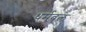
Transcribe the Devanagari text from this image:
धर्मबल